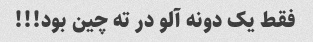
فقط یک دونه آلو در ته چین بود!!!